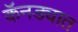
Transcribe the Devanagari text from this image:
कॅनड्यात